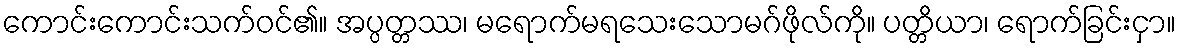
ကောင်းကောင်းသက်ဝင်၏။ အပ္ပတ္တဿ၊ မရောက်မရသေးသောမဂ်ဖိုလ်ကို။ ပတ္တိယာ၊ ရောက်ခြင်းငှာ။